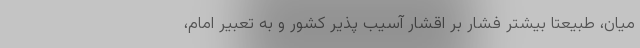
میان، طبیعتا بیشتر فشار بر اقشار آسیب پذیر کشور و به تعبیر امام،